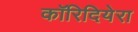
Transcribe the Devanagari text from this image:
कॉरिदियेरा